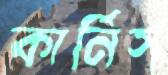
কার্নিস